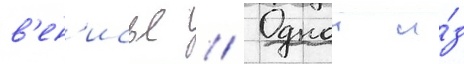
в'ен'исье // Однои и́з